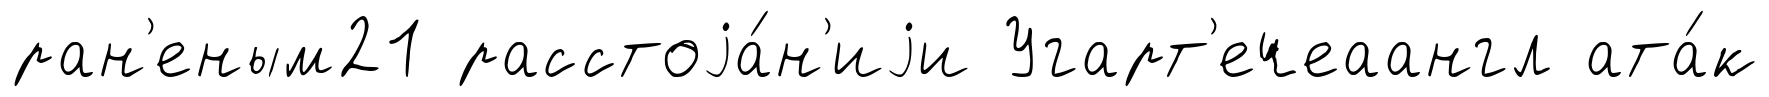
ран'еным21 расстоjа́н'иjи Угарт'ечеаангл ата́к